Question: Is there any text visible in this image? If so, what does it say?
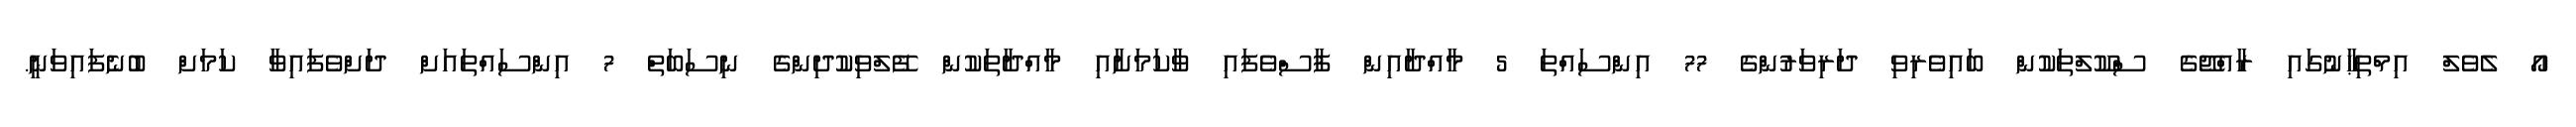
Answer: އޯ ލެވެލް އިމްތިޙާނުގައި ރާއްޖޭގެ ސްކޫލްތަކުން ބައިވެރިވި ދަރިވަރުންގެ 77 އިންސައްތަ 5 މާއްދާއިން ފާސްވެފައި ވާކަމަށާއި މާއްދާތަކުން ފޭލްވިކުދިންގެ ނިސަބަތް 7 އިންސައްތައަށް ދަށްވެފައިވާ ކަމަށް ބުނެފައިވަނީ.